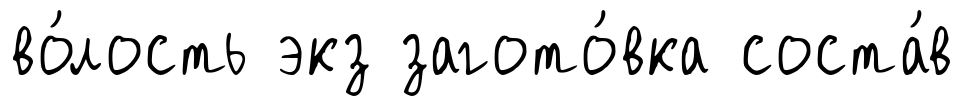
во́лость экз загото́вка соста́в